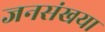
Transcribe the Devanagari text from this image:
जनसंखया